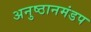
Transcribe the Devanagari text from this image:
अनुष्ठानमंडप